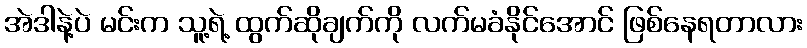
အဲဒါနဲ့ပဲ မင်းက သူ့ရဲ့ ထွက်ဆိုချက်ကို လက်မခံနိုင်အောင် ဖြစ်နေရတာလား